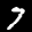
Label: 7